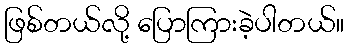
ဖြစ်တယ်လို့ ပြောကြားခဲ့ပါတယ်။